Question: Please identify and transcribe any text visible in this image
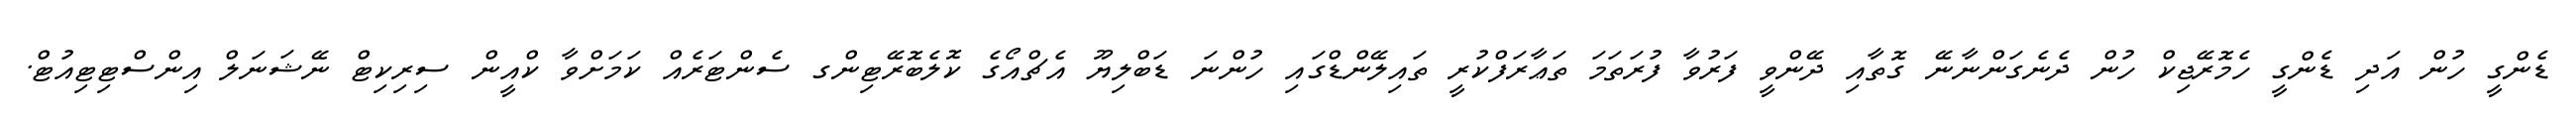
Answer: ޑެންގީ ހުން އަދި ޑެންގީ ހެމޮރޭޖިކް ހުން ދެނެގަންނާނޭ ގޮތާއި ދޭންވީ ފަރުވާ ފުރަތަމަ ތަޢާރަފްކުރީ ތައިލޭންޑްގައި ހުންނަ ޑަބްލިޔޫ އެޗްއޯގެ ކޮލެބޮރޭޓިންގ ސެންޓަރެއް ކަމަށްވާ ކްއީން ސިރިކިޓް ނޭޝަނަލް އިންސްޓިޓިއުޓް.